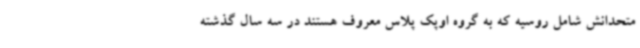
متحدانش شامل روسیه که به گروه اوپک پلاس معروف هستند در سه سال گذشته